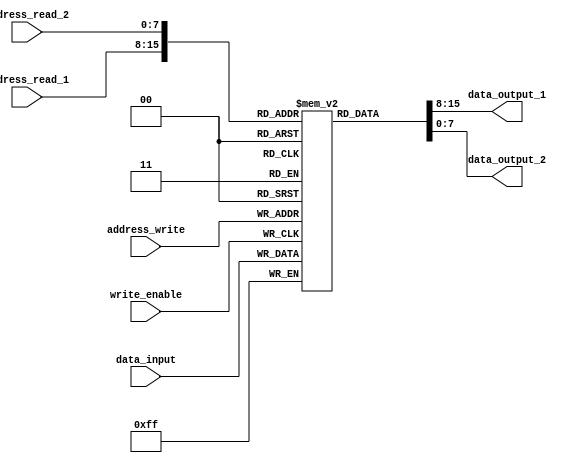
module CircularRegisterFile (
    input wire [7:0] address_read_1, // Address for Read Port 1
    input wire [7:0] address_read_2, // Address for Read Port 2
    input wire [7:0] address_write, // Address for Write Port
    input wire write_enable, // Write Enable signal
    input wire [7:0] data_input, // Data input for Write Port
    output reg [7:0] data_output_1, // Data output for Read Port 1
    output reg [7:0] data_output_2 // Data output for Read Port 2
);

reg [7:0] circular_memory [255:0]; // Circular memory array of size 256

always @ (posedge write_enable) begin
    circular_memory[address_write] <= data_input;
end

always @ (*) begin
    data_output_1 <= circular_memory[address_read_1];
    data_output_2 <= circular_memory[address_read_2];
end

endmodule